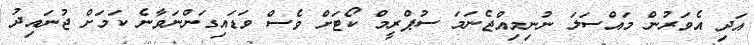
އަދި އެވަރުން މައްސަލަ ނުނިމިއްޖެނަމަ ސުޕްރީމް ކޯޓަށް ވެސް ވަޑައިގަންނަވާނެ ކަމަށް ޖުނައިދު